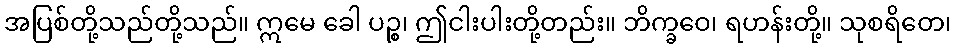
အပြစ်တို့သည်တို့သည်။ ဣမေ ခေါ ပဉ္စ၊ ဤငါးပါးတို့တည်း။ ဘိက္ခဝေ၊ ရဟန်းတို့။ သုစရိတေ၊